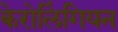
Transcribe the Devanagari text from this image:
केरोलिंगियन